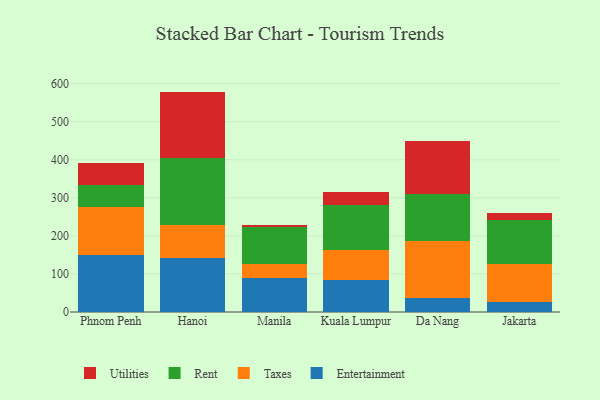
{"axis": {"x": "City", "y": "Conversion Rate (%)"}, "legend": ["Entertainment", "Rent", "Taxes", "Utilities"], "data": [{"x": "Phnom Penh", "y": 149.0, "type": "Entertainment"}, {"x": "Phnom Penh", "y": 127.6, "type": "Taxes"}, {"x": "Phnom Penh", "y": 58.4, "type": "Rent"}, {"x": "Phnom Penh", "y": 56.9, "type": "Utilities"}, {"x": "Hanoi", "y": 142.6, "type": "Entertainment"}, {"x": "Hanoi", "y": 85.9, "type": "Taxes"}, {"x": "Hanoi", "y": 177.4, "type": "Rent"}, {"x": "Hanoi", "y": 173.2, "type": "Utilities"}, {"x": "Manila", "y": 89.0, "type": "Entertainment"}, {"x": "Manila", "y": 36.4, "type": "Taxes"}, {"x": "Manila", "y": 97.6, "type": "Rent"}, {"x": "Manila", "y": 5.2, "type": "Utilities"}, {"x": "Kuala Lumpur", "y": 85.3, "type": "Entertainment"}, {"x": "Kuala Lumpur", "y": 78.3, "type": "Taxes"}, {"x": "Kuala Lumpur", "y": 118.0, "type": "Rent"}, {"x": "Kuala Lumpur", "y": 34.0, "type": "Utilities"}, {"x": "Da Nang", "y": 36.9, "type": "Entertainment"}, {"x": "Da Nang", "y": 149.8, "type": "Taxes"}, {"x": "Da Nang", "y": 123.6, "type": "Rent"}, {"x": "Da Nang", "y": 139.7, "type": "Utilities"}, {"x": "Jakarta", "y": 27.2, "type": "Entertainment"}, {"x": "Jakarta", "y": 99.2, "type": "Taxes"}, {"x": "Jakarta", "y": 116.2, "type": "Rent"}, {"x": "Jakarta", "y": 17.5, "type": "Utilities"}]}